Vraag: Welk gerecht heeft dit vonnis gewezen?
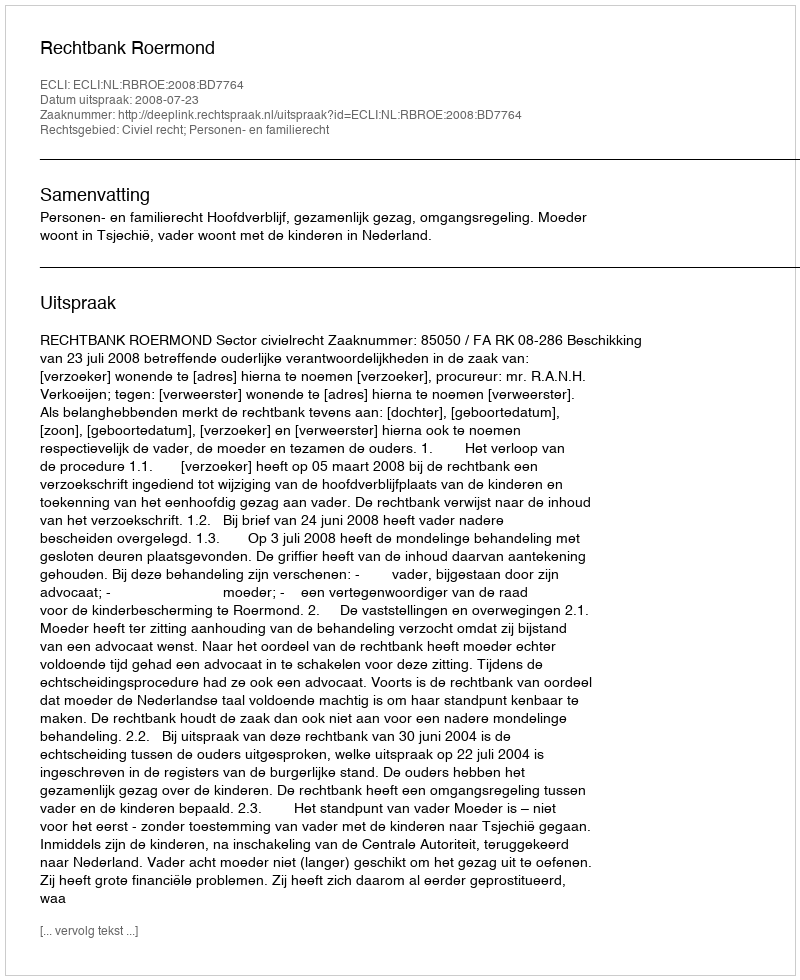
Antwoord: Rechtbank Roermond